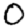
Digit: 0